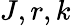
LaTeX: J,r,k